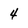
Character: 4